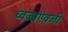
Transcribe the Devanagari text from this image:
ध्वजाऐवजी